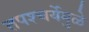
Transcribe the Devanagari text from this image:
तपश्‍चर्येमुळे